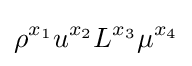
\rho ^{x_{1}}u^{x_{2}}L^{x_{3}}\mu ^{x_{4}}